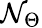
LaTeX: \mathcal{N}_{\Theta}